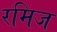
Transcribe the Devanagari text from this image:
रमिज